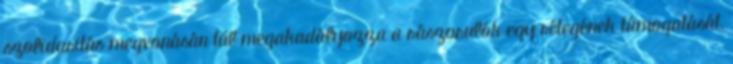
szolidaritás megvonásán túl megakadályozza a rászorulók egy rétegének támogatását,